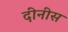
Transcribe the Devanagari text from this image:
दीनीस